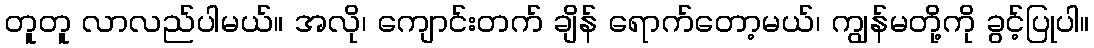
တူတူ လာလည်ပါမယ်။ အလို၊ ကျောင်းတက် ချိန် ရောက်တော့မယ်၊ ကျွန်မတို့ကို ခွင့်ပြုပါ။